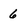
Character: 6